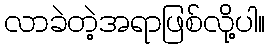
လာခဲတဲ့အရာဖြစ်လို့ပါ။